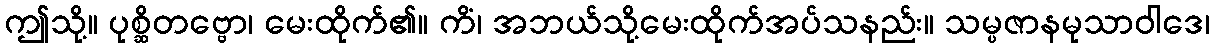
ဤသို့။ ပုစ္ဆိတဗ္ဗော၊ မေးထိုက်၏။ ကိံ၊ အဘယ်သို့မေးထိုက်အပ်သနည်း။ သမ္ပဇာနမုသာဝါဒေ၊